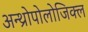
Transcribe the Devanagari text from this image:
अन्थ्रोपोलोजिक्ल